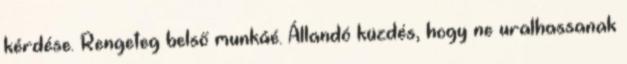
kérdése. Rengeteg belső munkáé. Állandó küzdés, hogy ne uralhassanak